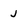
Character: j